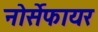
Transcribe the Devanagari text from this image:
नोर्सेफायर